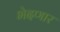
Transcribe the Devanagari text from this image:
भेदणार